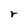
Character: r